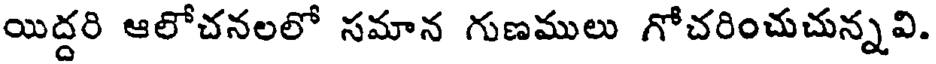
యిద్దరి ఆలోచనలలో సమాన గుణములు గోచరించుచున్నవి.